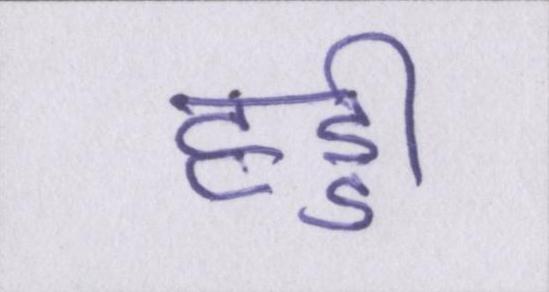
हड्डी